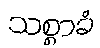
သစ္စာခံ